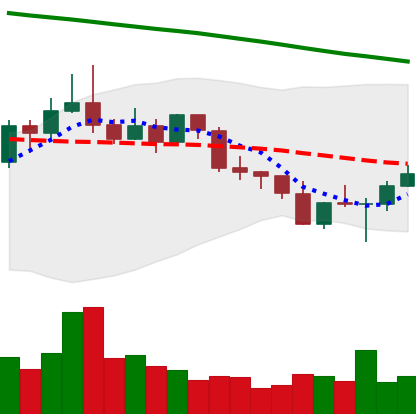
Ticker: ETC-USD
Chart end date: 2022-02-26
Forward return: 4.628%
Label: up_3_5